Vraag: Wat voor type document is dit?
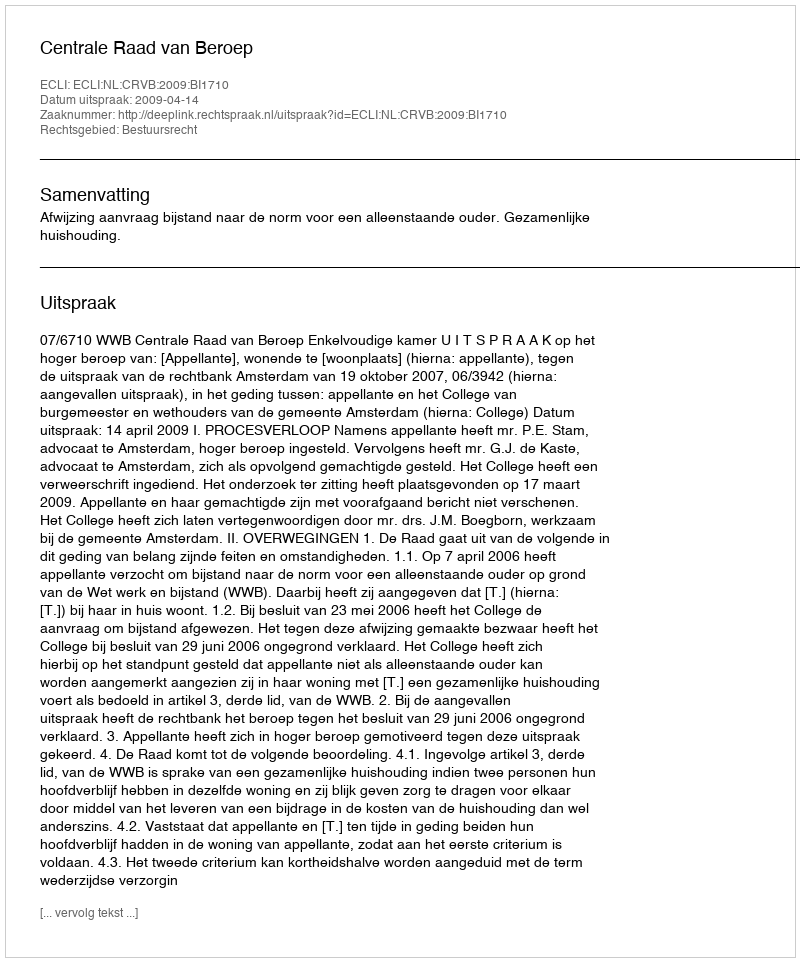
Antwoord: Uitspraak